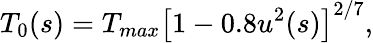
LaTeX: T_{0}(s)=T_{max}\left[1-0.8u^{2}(s)\right]^{2/7},